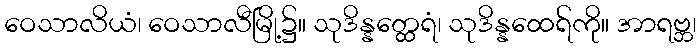
ဝေသာလိယံ၊ ဝေသာလီမြို့၌။ သုဒိန္နတ္ထေရံ၊ သုဒိန္နထေရ်ကို။ အာရဗ္ဘ၊